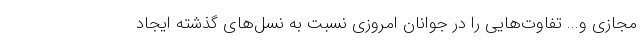
مجازی و... تفاوت‌هایی را در جوانان امروزی نسبت به نسل‌های گذشته ایجاد